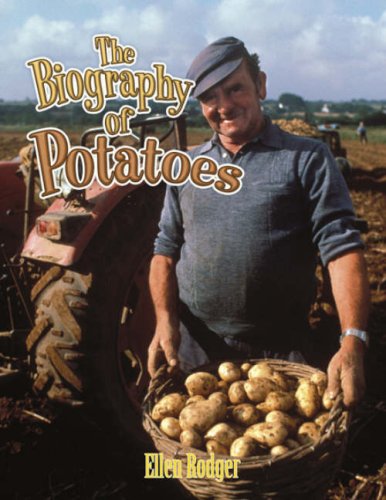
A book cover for The Biography of Potatoes (How Did That Get Here?); Ellen Rodger; Children's Books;